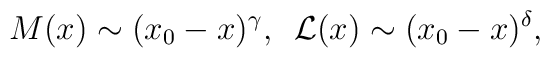
M(x) \sim ( x_0 -x) ^{\gamma},\,\,\,{\cal L}(x) \sim ( x_0 - x )^{\delta},